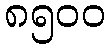
၈၅၀၀